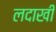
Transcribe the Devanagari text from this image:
लदाखी